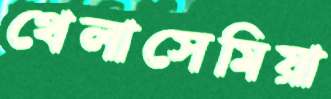
থেলাসেমিয়া